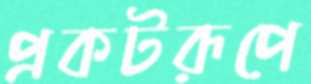
প্রকটরূপে